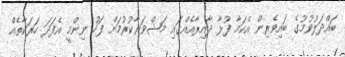
ބައްދަލުވުމުގެ ބައިވެރިން އެކަމާ ފުޅާ ދާއިރާއެއްގައި މަޝްވަރާކުރުމަށް ފަހު ނިންމީ އެފަދަ ހަރަކާތެއް